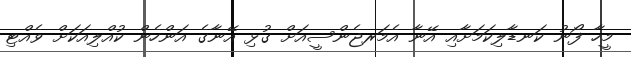
މީހާ ފޯނު ކަނޑާލިކަމަށާއި އޭނާ އެމަރޖެންސީއަށް ގުޅި އޭނާގެ އަންހެން ކުއްލިއަކަށް ވެއްޓި